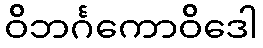
ဝိဘင်္ဂကောဝိဒေါ